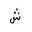
Letter: _shin